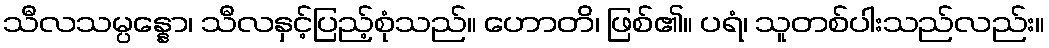
သီလသမ္ပန္နော၊ သီလနှင့်ပြည့်စုံသည်။ ဟောတိ၊ ဖြစ်၏။ ပရံ၊ သူတစ်ပါးသည်လည်း။